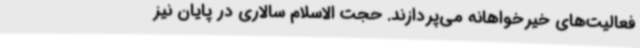
فعالیت‌های خیرخواهانه می‌پردازند. حجت الاسلام سالاری در پایان نیز